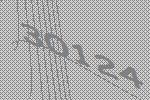
30124